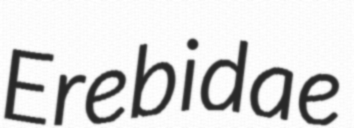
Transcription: Erebidae